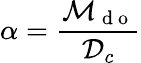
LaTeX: \alpha=\frac{\mathcal{M}_{{{\mathrm{~d~o~}}}}}{{\mathcal{D}}_{c}}